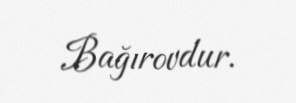
Bağırovdur.